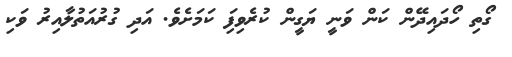
ގޯތި ހޯދައިދޭން ކަން ވަނީ ޔަގީން ކުރެވިފަި ކަމަށެވެ. އަދި ގުރުއަތުލާއިރު ވަކި